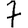
Digit: 7